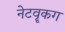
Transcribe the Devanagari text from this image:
नेटवॄकग